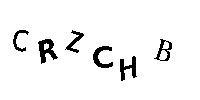
CRZCHB